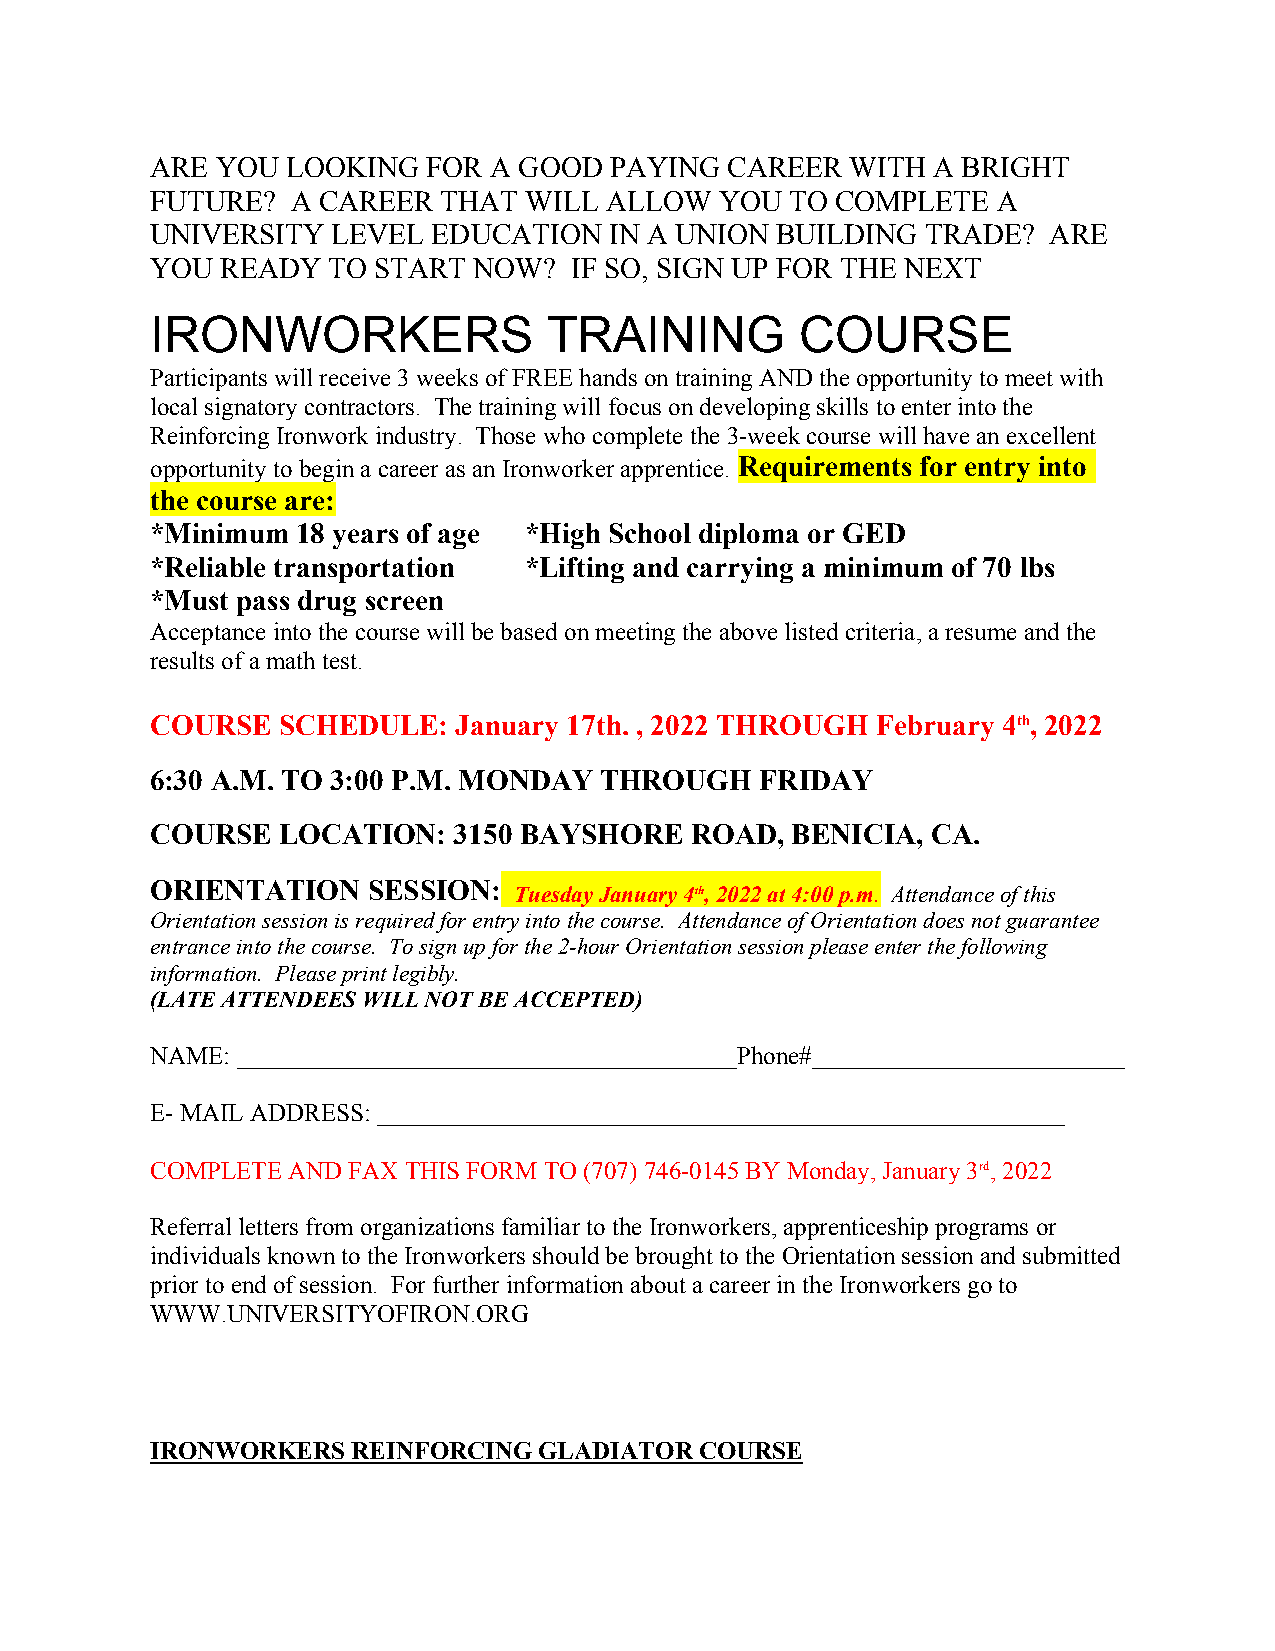
ARE YOU  LOOKING  FOR A GOOD  PAYING  CAREER  WITH  A BRIGHT
 FUTURE?  A CAREER  THAT  WILL ALLOW   YOU TO COMPLETE   A
 UNIVERSITY  LEVEL  EDUCATION  IN A UNION BUILDING  TRADE?   ARE
 YOU  READY  TO START NOW?   IF SO, SIGN UP FOR THE NEXT
 IRONWORKERS               TRAINING         COURSE
 Participants will receive 3 weeks of FREE hands on training AND the opportunity to meet with
 local signatory contractors. The training will focus on developing skills to enter into the
 Reinforcing Ironwork industry. Those who complete the 3-week course will have an excellent
 opportunity to begin a career as an Ironworker apprentice. Requirements for entry into
 the course are:
 *Minimum  18 years of age *High School diploma or GED
 *Reliable transportation *Lifting and carrying a minimum of 70 lbs
 *Must pass drug screen
 Acceptance into the course will be based on meeting the above listed criteria, a resume and the
 results of a math test.
 COURSE  SCHEDULE:   January 17th. , 2022 THROUGH February 4th, 2022
 6:30 A.M. TO 3:00 P.M. MONDAY THROUGH   FRIDAY
 COURSE  LOCATION:   3150 BAYSHORE   ROAD, BENICIA,  CA.
 ORIENTATION   SESSION:  Tuesday January 4th, 2022 at 4:00 p.m. Attendance of this
 Orientation session is required for entry into the course. Attendance of Orientation does not guarantee
 entrance into the course. To sign up for the 2-hour Orientation session please enter the following
 information. Please print legibly.
 (LATE ATTENDEES WILL NOT BE ACCEPTED)
 NAME: ________________________________________Phone#_________________________
 E- MAIL ADDRESS: _______________________________________________________
 COMPLETE AND FAX THIS FORM TO (707) 746-0145 BY Monday, January 3rd, 2022
 Referral letters from organizations familiar to the Ironworkers, apprenticeship programs or
 individuals known to the Ironworkers should be brought to the Orientation session and submitted
 prior to end of session. For further information about a career in the Ironworkers go to
 WWW.UNIVERSITYOFIRON.ORG
 IRONWORKERS  REINFORCING  GLADIATOR COURSE